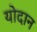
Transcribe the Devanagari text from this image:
योदान